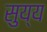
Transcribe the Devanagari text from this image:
सुय्य